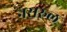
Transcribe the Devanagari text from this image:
नसरुल